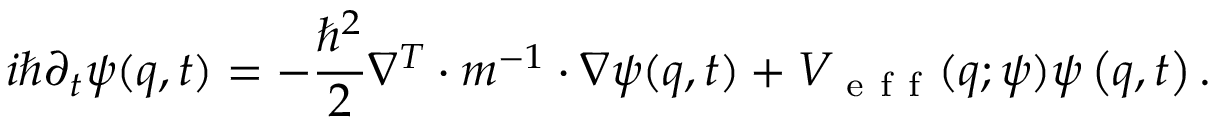
i \hbar \partial _ { t } \psi ( q , t ) = - \frac { \hbar ^ { 2 } } { 2 } \nabla ^ { T } \cdot m ^ { - 1 } \cdot \nabla \psi ( q , t ) + V _ { \mathrm { ~ e ~ f ~ f ~ } } ( q ; \psi ) \psi \left( q , t \right) .